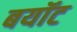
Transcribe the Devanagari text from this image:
बयॉट